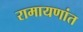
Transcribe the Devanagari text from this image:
रामायणांत